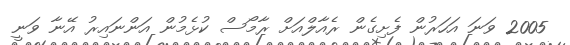
2005 ވަނަ އަހަރުން ފެށިގެން ރެއާލްއަށް ރާމޯސް ކުޅެމުން އަންނައިރު އޭނާ ވަނީ